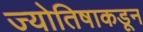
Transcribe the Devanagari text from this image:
ज्योतिषाकडून